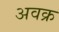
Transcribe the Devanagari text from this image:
अवक्र